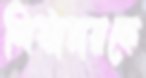
শিষ্টাচারকে